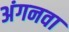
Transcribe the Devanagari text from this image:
अंगनवा